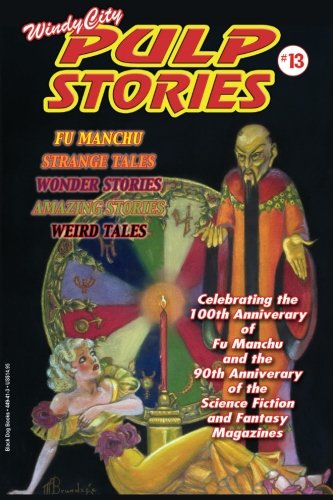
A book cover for Windy City Pulp Stories No.13; Tom Roberts; Crafts, Hobbies & Home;